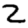
Digit: 2